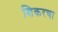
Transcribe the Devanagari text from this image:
शिकरचा